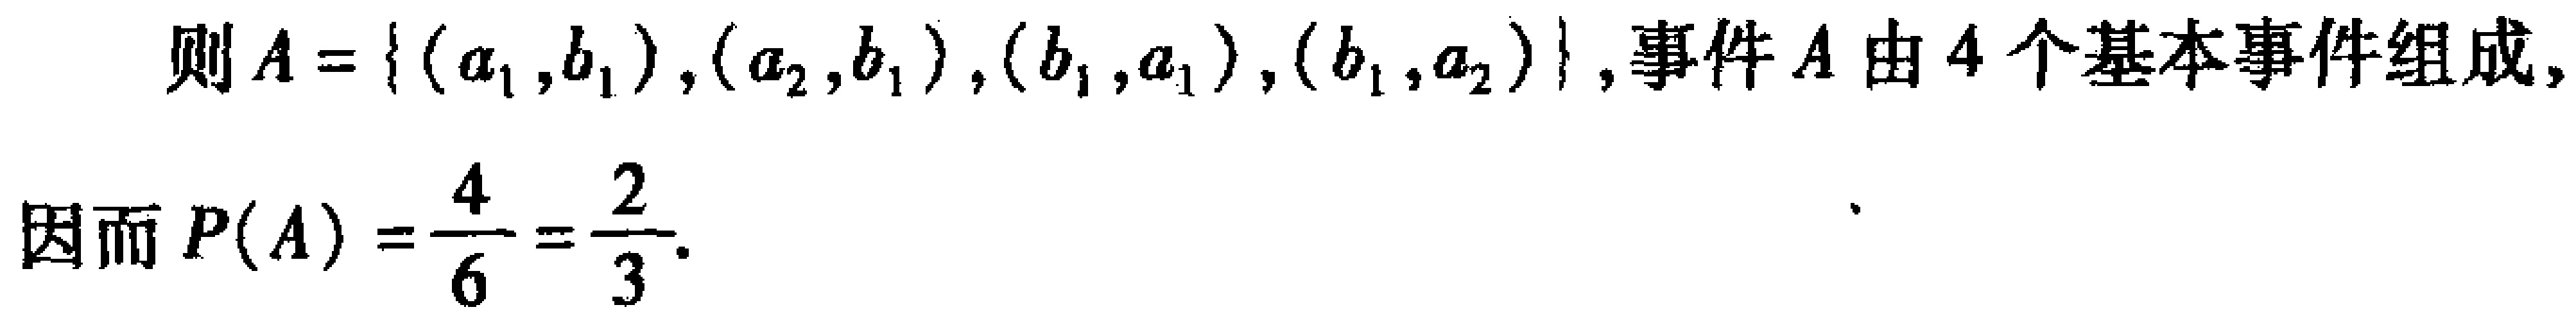
则\(A = \{ (a_1,b_1),(a_2,b_1),(b_1,a_1),(b_1,a_2)\}\)，事件\(A\)由\(4\)个基本事件组成，

因而\(P(A)=\frac{4}{6}=\frac{2}{3}\).